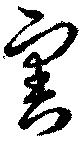
害